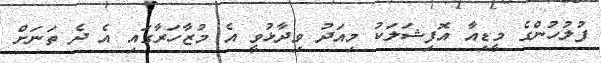
ފުލުހުންގެ މީޑިއާ އޮފިޝަލަކު މިއަދު ވިދާޅުވީ އެ މުޒާހަރާގައި އެ ދެ ތަނަށް